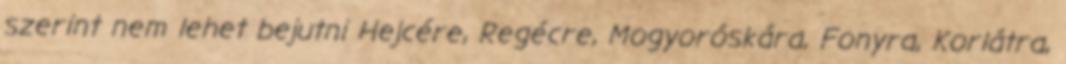
szerint nem lehet bejutni Hejcére, Regécre, Mogyoróskára, Fonyra, Korlátra,